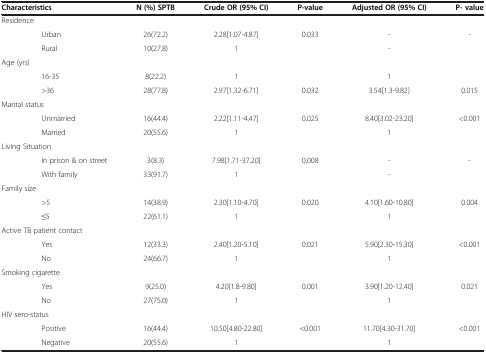
<table><thead><tr><td><b>Characteristics</b></td><td><b>N (%) SPTB</b></td><td><b>Crude OR (95% CI)</b></td><td><b>P-value</b></td><td><b>Adjusted OR (95% CI)</b></td><td><b>P- value</b></td></tr></thead><tbody><tr><td>Residence</td><td> </td><td> </td><td> </td><td> </td><td> </td></tr><tr><td>Urban</td><td>26(72.2)</td><td>2.28[1.07-4.87]</td><td>0.033</td><td>-</td><td>-</td></tr><tr><td>Rural</td><td>10(27.8)</td><td>1</td><td> </td><td>-</td><td> </td></tr><tr><td>Age (yrs)</td><td> </td><td> </td><td> </td><td> </td><td> </td></tr><tr><td>16-35</td><td>8(22.2)</td><td>1</td><td> </td><td>1</td><td> </td></tr><tr><td>&gt;36</td><td>28(77.8)</td><td>2.97[1.32-6.71]</td><td>0.032</td><td>3.54[1.3-9.82]</td><td>0.015</td></tr><tr><td>Marital status</td><td> </td><td> </td><td> </td><td> </td><td> </td></tr><tr><td>Unmarried</td><td>16(44.4)</td><td>2.22[1.11-4.47]</td><td>0.025</td><td>8.40[3.02-23.20]</td><td>&lt;0.001</td></tr><tr><td>Married</td><td>20(55.6)</td><td>1</td><td> </td><td>1</td><td> </td></tr><tr><td>Living Situation</td><td> </td><td> </td><td> </td><td> </td><td> </td></tr><tr><td>In prison &amp; on street</td><td>3(8.3)</td><td>7.98[1.71-37.20]</td><td>0.008</td><td>-</td><td>-</td></tr><tr><td>With family</td><td>33(91.7)</td><td>1</td><td> </td><td>-</td><td> </td></tr><tr><td>Family size</td><td> </td><td> </td><td> </td><td> </td><td> </td></tr><tr><td>&gt;5</td><td>14(38.9)</td><td>2.30[1.10-4.70]</td><td>0.020</td><td>4.10[1.60-10.80]</td><td>0.004</td></tr><tr><td>≤5</td><td>22(61.1)</td><td>1</td><td> </td><td>1</td><td> </td></tr><tr><td>Active TB patient contact</td><td> </td><td> </td><td> </td><td> </td><td> </td></tr><tr><td>Yes</td><td>12(33.3)</td><td>2.40[1.20-5.10]</td><td>0.021</td><td>5.90[2.30-15.30]</td><td>&lt;0.001</td></tr><tr><td>No</td><td>24(66.7)</td><td>1</td><td> </td><td>1</td><td> </td></tr><tr><td>Smoking cigarette</td><td> </td><td> </td><td> </td><td> </td><td> </td></tr><tr><td>Yes</td><td>9(25.0)</td><td>4.20[1.8-9.80]</td><td>0.001</td><td>3.90[1.20-12.40]</td><td>0.021</td></tr><tr><td>No</td><td>27(75.0)</td><td>1</td><td> </td><td>1</td><td> </td></tr><tr><td>HIV sero-status</td><td> </td><td> </td><td> </td><td> </td><td> </td></tr><tr><td>Positive</td><td>16(44.4)</td><td>10.50[4.80-22.80]</td><td>&lt;0.001</td><td>11.70[4.30-31.70]</td><td>&lt;0.001</td></tr><tr><td>Negative</td><td>20(55.6)</td><td>1</td><td> </td><td>1</td><td> </td></tr></tbody></table>